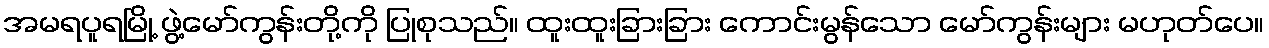
အမရပူရမြို့ ဖွဲ့မော်ကွန်းတို့ကို ပြုစုသည်။ ထူးထူးခြားခြား ကောင်းမွန်သော မော်ကွန်းများ မဟုတ်ပေ။